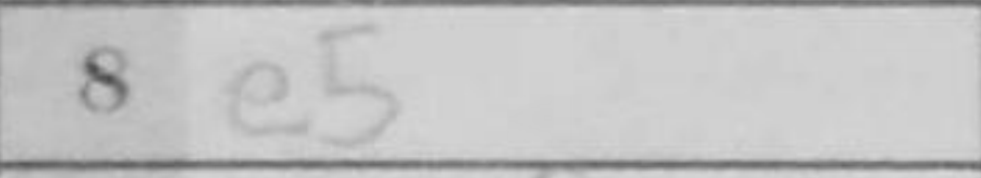
Transcription: e5